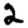
Digit: 2